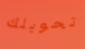
تحويلك